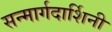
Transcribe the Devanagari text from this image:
सन्मार्गदार्शिनी